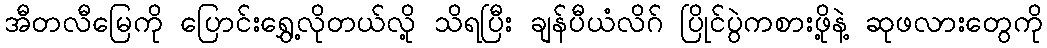
အီတလီမြေကို ပြောင်းရွှေ့လိုတယ်လို့ သိရပြီး ချန်ပီယံလိဂ် ပြိုင်ပွဲကစားဖို့နဲ့ ဆုဖလားတွေကို